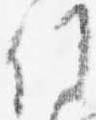
候